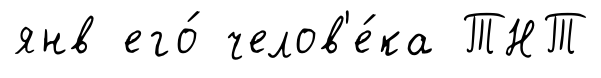
янв его́ челов'е́ка ТНТ